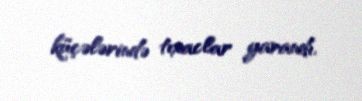
küçələrində tıxaclar yarandı.